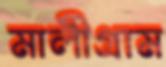
মালীগ্রাম